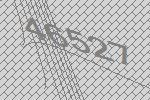
46527